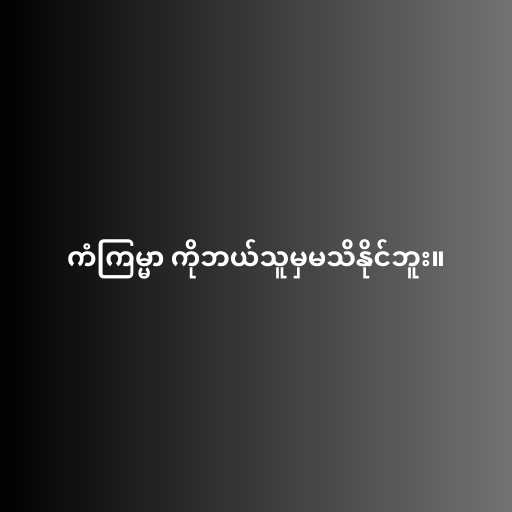
ကံကြမ္မာ ကိုဘယ်သူမှမသိနိုင်ဘူး။